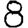
Digit: 8